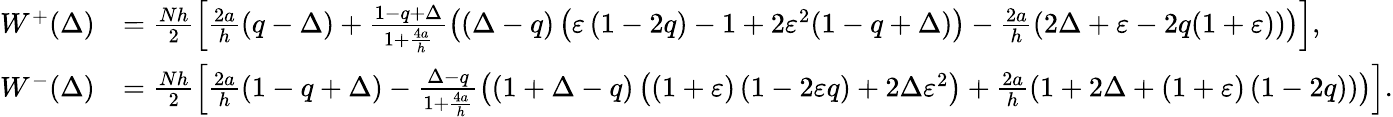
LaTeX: \begin{array}{rl}{W^{+}(\Delta)}&{=\frac{Nh}{2}\left[\frac{2a}{h}\left(q-\Delta\right)+\frac{1-q+\Delta}{1+\frac{4a}{h}}\left(\left(\Delta-q\right)\left(\varepsilon\left(1-2q\right)-1+2\varepsilon^{2}(1-q+\Delta)\right)-\frac{2a}{h}\left(2\Delta+\varepsilon-2q(1+\varepsilon)\right)\right)\right],}\\ {W^{-}(\Delta)}&{=\frac{Nh}{2}\left[\frac{2a}{h}\left(1-q+\Delta\right)-\frac{\Delta-q}{1+\frac{4a}{h}}\left(\left(1+\Delta-q\right)\left(\left(1+\varepsilon\right)\left(1-2\varepsilon q\right)+2\Delta\varepsilon^{2}\right)+\frac{2a}{h}\left(1+2\Delta+\left(1+\varepsilon\right)\left(1-2q\right)\right)\right)\right].}\end{array}